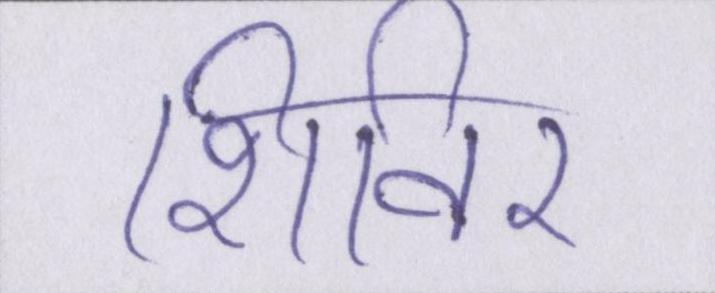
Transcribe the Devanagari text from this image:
शिविर